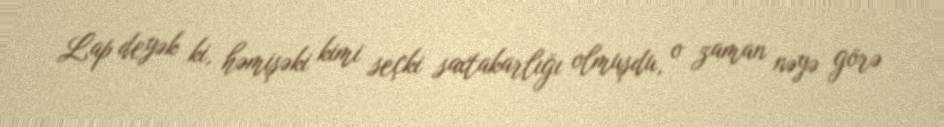
Lap deyək ki, həmişəki kimi seçki saxtakarlığı olmuşdu, o zaman nəyə görə